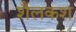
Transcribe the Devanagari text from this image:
शैलकश